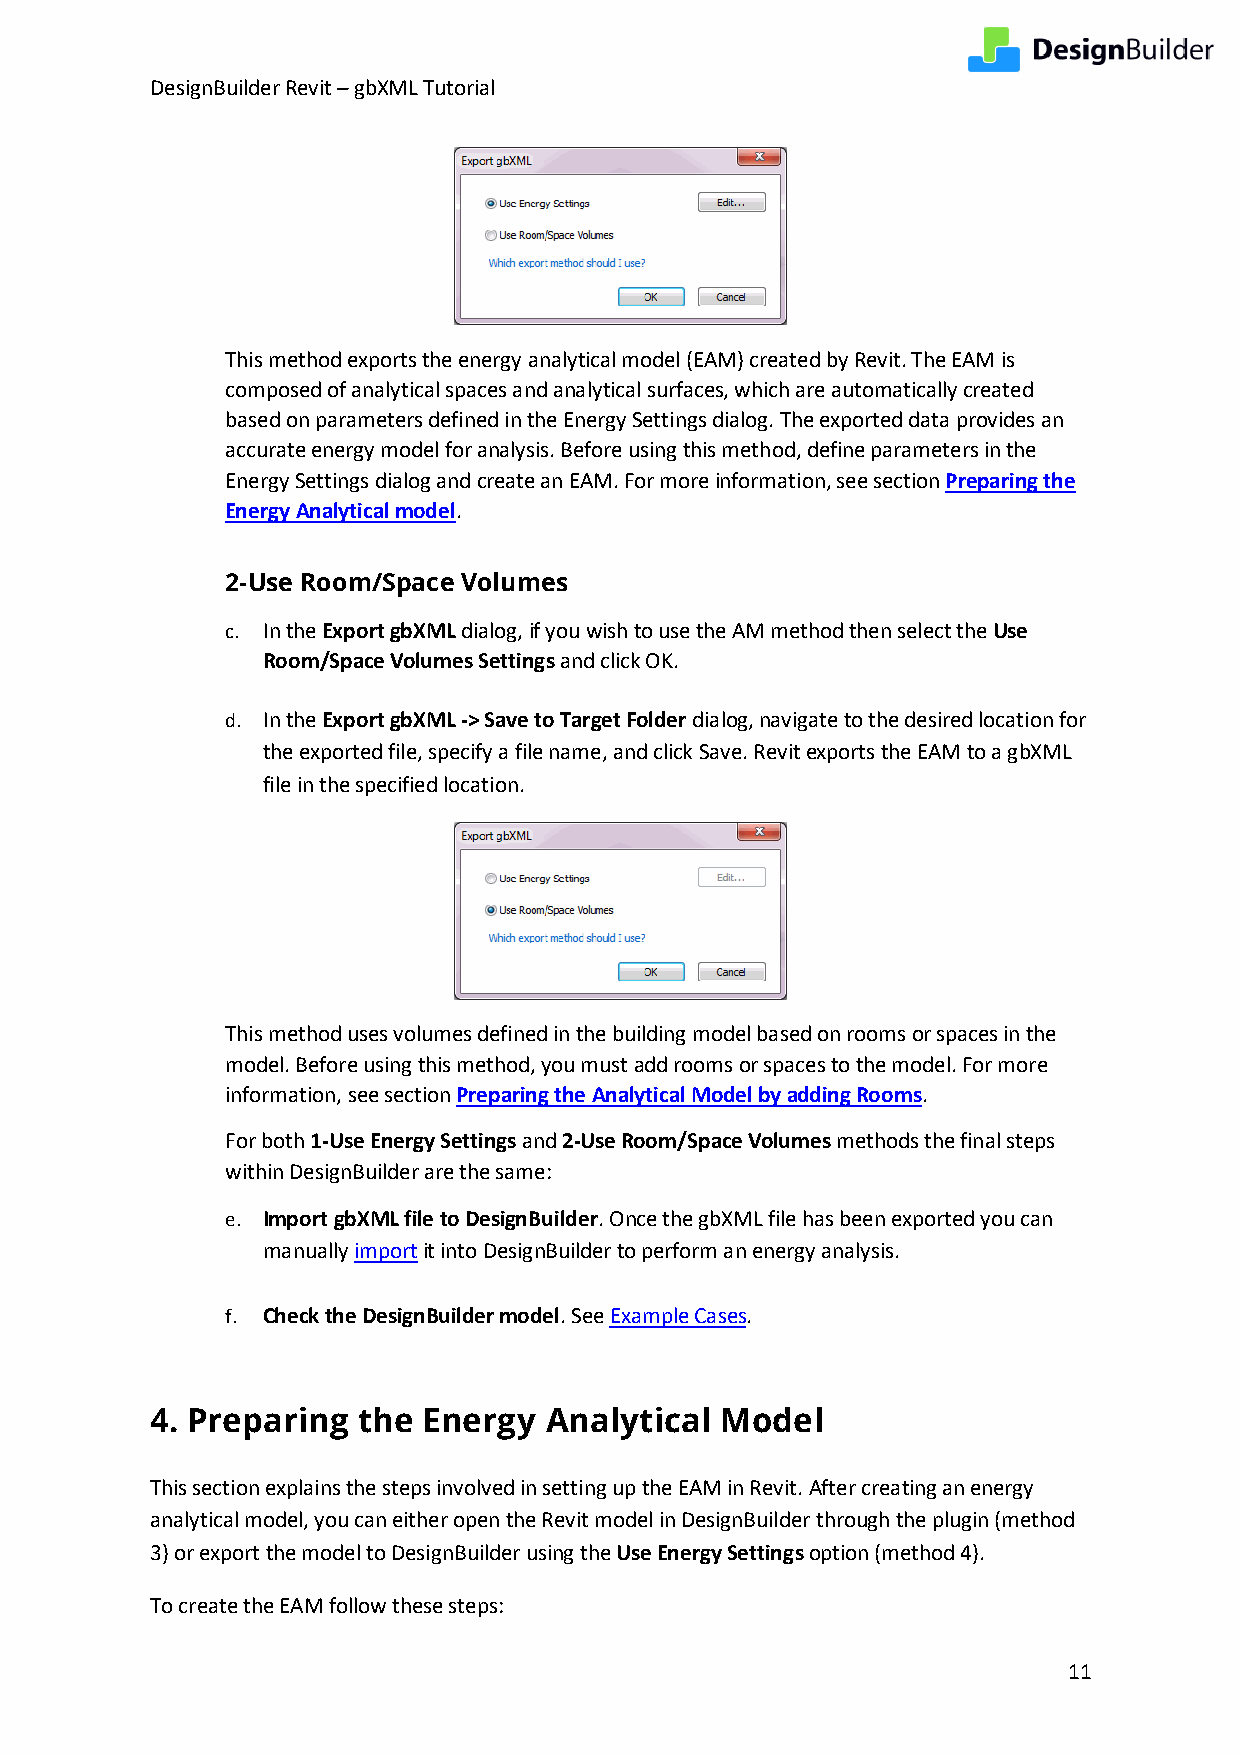
DesignBuilder Revit – gbXML Tutorial
 This method exports the energy analytical model (EAM) created by Revit. The EAM is
 composed of analytical spaces and analytical surfaces, which are automatically created
 based on parameters defined in the Energy Settings dialog. The exported data provides an
 accurate energy model for analysis. Before using this method, define parameters in the
 Energy Settings dialog and create an EAM. For more information, see section Preparing the
 Energy Analytical model.
 2-Use Room/Space Volumes
 c. In the Export gbXML dialog, if you wish to use the AM method then select the Use
 Room/Space Volumes Settings and click OK.
 d. In the Export gbXML -> Save to Target Folder dialog, navigate to the desired location for
 the exported file, specify a file name, and click Save. Revit exports the EAM to a gbXML
 file in the specified location.
 This method uses volumes defined in the building model based on rooms or spaces in the
 model. Before using this method, you must add rooms or spaces to the model. For more
 information, see section Preparing the Analytical Model by adding Rooms.
 For both 1-Use Energy Settings and 2-Use Room/Space Volumes methods the final steps
 within DesignBuilder are the same:
 e. Import gbXML file to DesignBuilder. Once the gbXML file has been exported you can
 manually import it into DesignBuilder to perform an energy analysis.
 f. Check the DesignBuilder model. See Example Cases.
 4. Preparing  the Energy  Analytical  Model
 This section explains the steps involved in setting up the EAM in Revit. After creating an energy
 analytical model, you can either open the Revit model in DesignBuilder through the plugin (method
 3) or export the model to DesignBuilder using the Use Energy Settings option (method 4).
 To create the EAM follow these steps:
 11